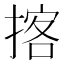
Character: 揢